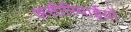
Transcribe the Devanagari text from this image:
असीरियाईयों